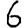
Digit: 6